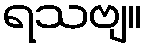
ရသဗျ။